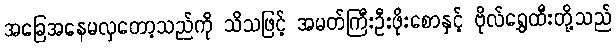
အခြေအနေမလှတော့သည်ကို သိသဖြင့် အမတ်ကြီးဦးဖိုးစောနှင့် ဗိုလ်ရွှေထီးတို့သည်